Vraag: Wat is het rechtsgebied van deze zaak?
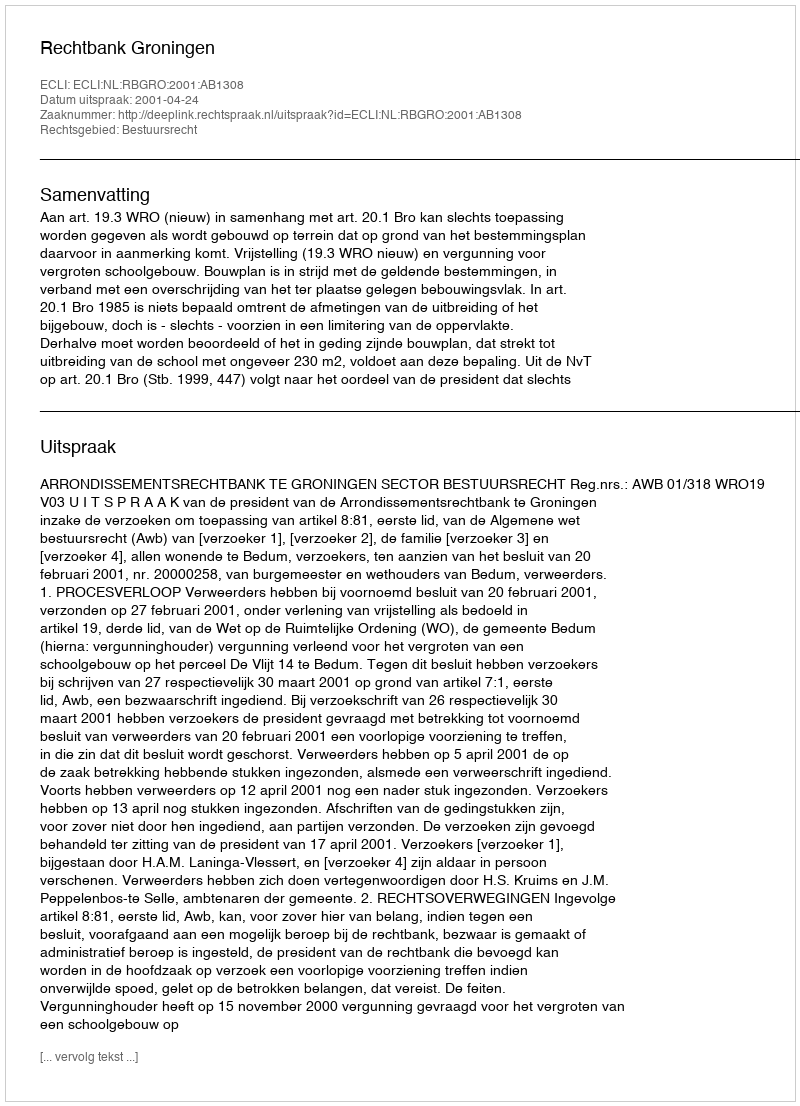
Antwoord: Bestuursrecht